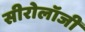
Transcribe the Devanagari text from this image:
सीरोलॉजी